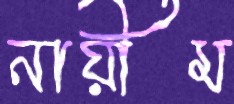
নায়ীম